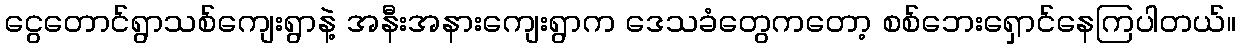
ငွေတောင်ရွာသစ်ကျေးရွာနဲ့ အနီးအနားကျေးရွာက ဒေသခံတွေကတော့ စစ်ဘေးရှောင်နေကြပါတယ်။